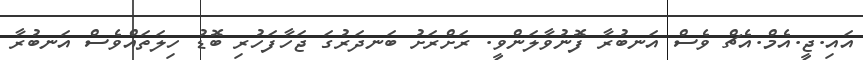
އައި.ޖީ.އެމް.އެޗް ވެސް އަނބުރާ ފޮނުވާލަންވީ. ރަށްރަށު ބަނދަރުގަ ޖަހާފަހުރި ބޮޑު ހިލަތައްވެސް އަނބުރާ